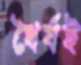
ধৈর্যই